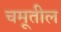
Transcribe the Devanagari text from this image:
चमूतील